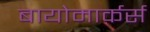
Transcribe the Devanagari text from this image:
बायोमार्कर्स